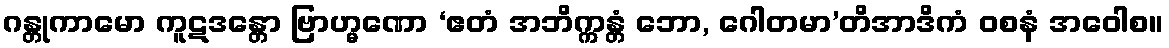
ဂန္တုကာမော ကူဋဒန္တော ဗြာဟ္မဏော ‘ဧတံ အဘိက္ကန္တံ ဘော, ဂေါတမာ’တိအာဒိကံ ဝစနံ အဝေါစ။